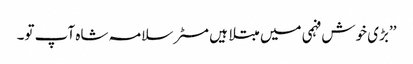
’’بڑی خوش فہمی میں مبتلا ہیں مسٹر سلامہ شاہ آپ تو۔